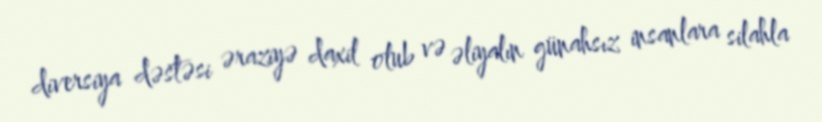
diversiya dəstəsi əraziyə daxil olub və əliyalın günahsız insanlara silahla